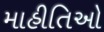
માહીતિઓ